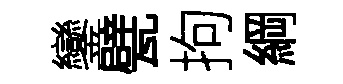
鑾甓拘綱